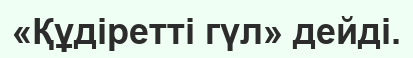
«Құдіретті гүл» дейді.